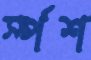
র্স্পশ